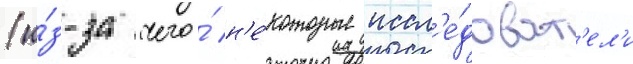
(и́з-за чего́ н'е́которые иссл'е́доват'ел'и